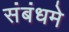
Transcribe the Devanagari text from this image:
संबंधमे